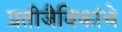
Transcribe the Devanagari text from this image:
प्रतीजैविकांचे